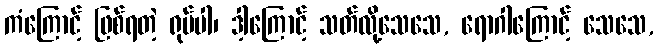
ကံကြောင့် ဖြစ်ရတဲ့ ရုပ်ပါ၊ ဒါ့ကြောင့် သတ်လို့သေသေ, ရောဂါကြောင့် သေသေ,